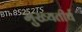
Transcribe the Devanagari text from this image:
मुख्यतीर्थ